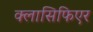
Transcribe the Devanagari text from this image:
क्लासिफिएर